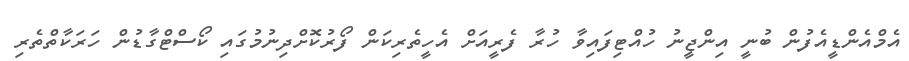
އެމްއެންޑީއެފުން ބުނީ އިންޖީނު ހުއްޓިފައިވާ ހުރާ ފެރީއަށް އެހީތެރިކަން ފޯރުކޮށްދިނުމުގައި ކޯސްޓްގާޑުން ހަރަކާތްތެރި